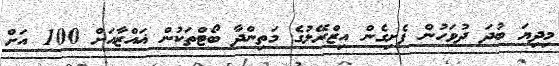
މިދިޔަ ބުދަ ދުވަހުން ފެށިގެން އިޒްރޭލުގެ މަތިންދާ ބޯޓްތަކުން ޣައްޒާއަށް 100 އަށް